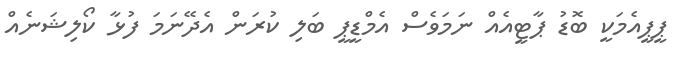
ޕީޕީއެމަކީ ބޮޑު ޕާޓީއެއް ނަމަވެސް އެމްޑީޕީ ބަލި ކުރަން އެދޭނަމަ ފުޅާ ކޯލިޝަނެއް